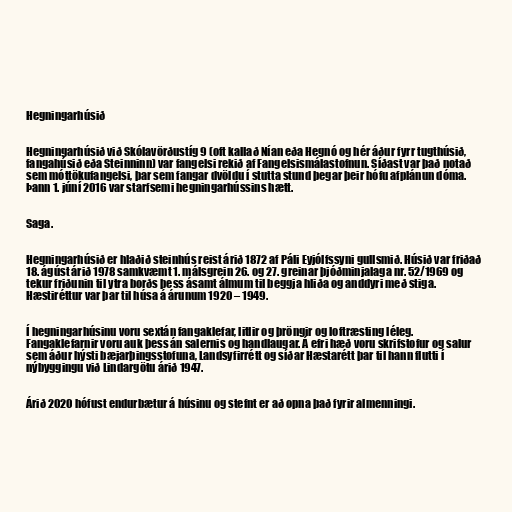
Hegningarhúsið

Hegningarhúsið við Skólavörðustíg 9 (oft kallað Nían eða Hegnó og hér áður fyrr tugthúsið,
fangahúsið eða Steinninn) var fangelsi rekið af Fangelsismálastofnun. Síðast var það notað
sem móttökufangelsi, þar sem fangar dvöldu í stutta stund þegar þeir hófu afplánun dóma.
Þann 1. júní 2016 var starfsemi hegningarhússins hætt.

Saga.

Hegningarhúsið er hlaðið steinhús reist árið 1872 af Páli Eyjólfssyni gullsmið. Húsið var friðað
18. ágúst árið 1978 samkvæmt 1. málsgrein 26. og 27. greinar þjóðminjalaga nr. 52/1969 og
tekur friðunin til ytra borðs þess ásamt álmum til beggja hliða og anddyri með stiga.
Hæstiréttur var þar til húsa á árunum 1920 – 1949.

Í hegningarhúsinu voru sextán fangaklefar, litlir og þröngir og loftræsting léleg.
Fangaklefarnir voru auk þess án salernis og handlaugar. Á efri hæð voru skrifstofur og salur
sem áður hýsti bæjarþingsstofuna, Landsyfirrétt og síðar Hæstarétt þar til hann flutti í
nýbyggingu við Lindargötu árið 1947.

Árið 2020 hófust endurbætur á húsinu og stefnt er að opna það fyrir almenningi.